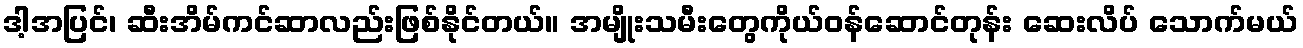
ဒါ့အပြင်၊ ဆီးအိမ်ကင်ဆာလည်းဖြစ်နိုင်တယ်။ အမျိုးသမီးတွေကိုယ်ဝန်ဆောင်တုန်း ဆေးလိပ် သောက်မယ်